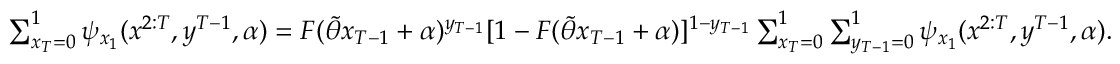
\begin{array} { r } { \sum _ { x _ { T } = 0 } ^ { 1 } \psi _ { x _ { 1 } } ( x ^ { 2 : T } , y ^ { T - 1 } , \alpha ) = F ( \widetilde { \theta } x _ { T - 1 } + \alpha ) ^ { y _ { T - 1 } } [ 1 - F ( \widetilde { \theta } x _ { T - 1 } + \alpha ) ] ^ { 1 - y _ { T - 1 } } \sum _ { x _ { T } = 0 } ^ { 1 } \sum _ { y _ { T - 1 } = 0 } ^ { 1 } \psi _ { x _ { 1 } } ( x ^ { 2 : T } , y ^ { T - 1 } , \alpha ) . } \end{array}